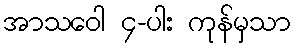
အာသဝေါ ၄-ပါး ကုန်မှသာ